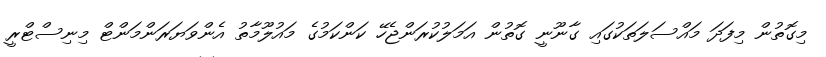
މިގޮތުން މިފަދަ މައްސަލަތަކުގައި ގާނޫނީ ގޮތުން އަމަލުކުރަންޖެހޭ ކަންކަމުގެ މައުލޫމާތު އެންވަޔަރަންމަންޓް މިނިސްޓްރީ